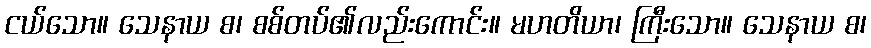
ငယ်သော။ သေနာယ စ၊ စစ်တပ်၏လည်းကောင်း။ မဟတိယာ၊ ကြီးသော။ သေနာယ စ၊